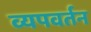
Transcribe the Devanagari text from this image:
व्यपवर्तन